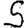
Digit: 5